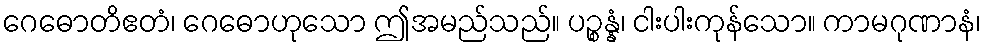
ဂေဓောတိဧတံ၊ ဂေဓောဟုသော ဤအမည်သည်။ ပဉ္စန္နံ၊ ငါးပါးကုန်သော။ ကာမဂုဏာနံ၊